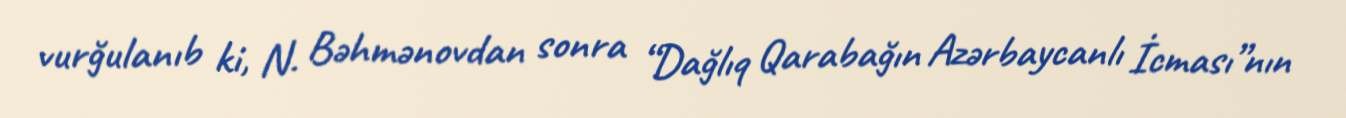
vurğulanıb ki, N. Bəhmənovdan sonra “Dağlıq Qarabağın Azərbaycanlı İcması”nın